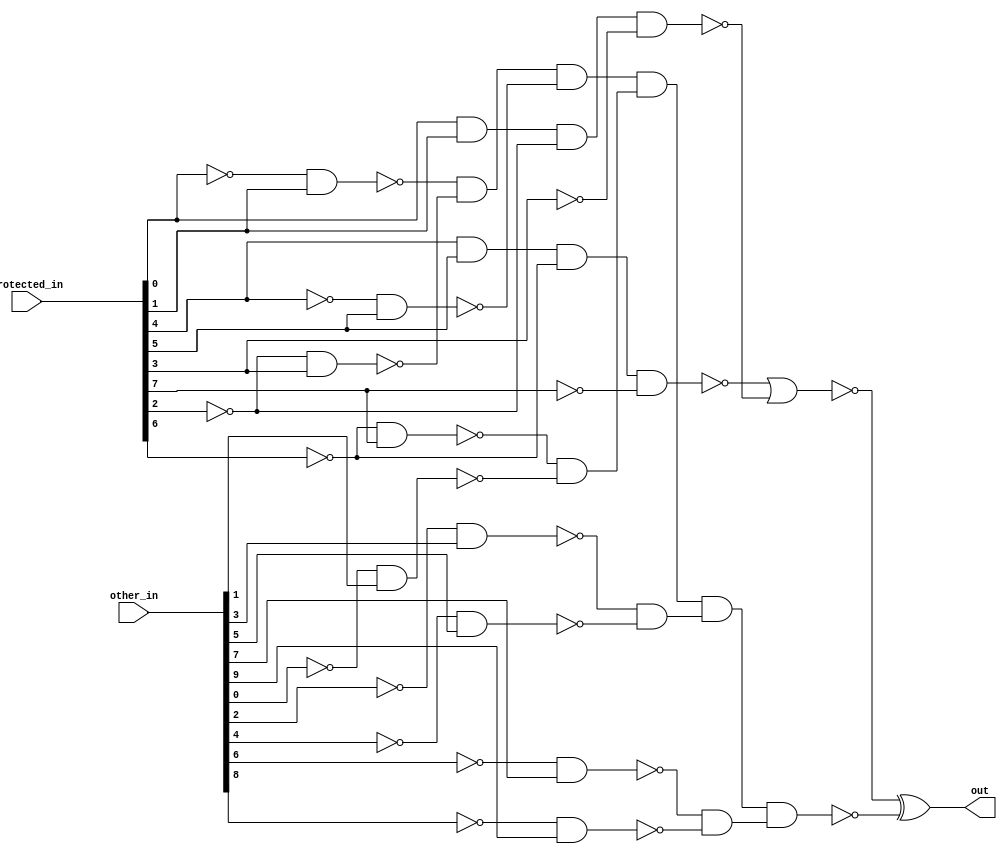

// Generated by Cadence Genus(TM) Synthesis Solution 16.22-s033_1
// Generated on: Apr 20 2020 12:23:50 EDT (Apr 20 2020 16:23:50 UTC)

// Verification Directory fv/ttlock_wrapper_WKEY8_WINPUT18 

module DUTLock(other_in, protected_in, out);
  input [9:0] other_in;
  input [7:0] protected_in;
  output out;
  wire [9:0] other_in;
  wire [7:0] protected_in;
  wire out;
  wire f_out, \genblk1.dut_N118 , \genblk1.dut_N122 , \genblk1.dut_N126
       , \genblk1.dut_N130 , \genblk1.dut_N134 , \genblk1.dut_N138 ,
       \genblk1.dut_N142 ;
  wire \genblk1.dut_N146 , \genblk1.dut_N150 , \genblk1.dut_N154 ,
       \genblk1.dut_N159 , \genblk1.dut_N162 , \genblk1.dut_N165 ,
       \genblk1.dut_N168 , \genblk1.dut_N171 ;
  wire \genblk1.dut_N174 , \genblk1.dut_N177 , \genblk1.dut_N180 ,
       \genblk1.dut_N199 , \genblk1.dut_n_44 , \genblk1.dut_n_45 ,
       \genblk1.dut_n_46 , \genblk1.dut_n_47 ;
  wire n_19, n_32, n_36, n_37, n_38;
  xor g1 (out, n_19, f_out);
  nand g10 (n_38, protected_in[0], protected_in[1], \genblk1.dut_N122 ,
       n_32);
  nand g11 (n_37, protected_in[4], protected_in[5], \genblk1.dut_N130 ,
       n_36);
  nor g12 (n_19, n_37, n_38);
  not g13 (n_36, protected_in[7]);
  not g14 (n_32, protected_in[3]);
  nand \genblk1.dut_NAND2_19  (\genblk1.dut_N154 , \genblk1.dut_N118 ,
       protected_in[1]);
  nand \genblk1.dut_NAND2_22  (\genblk1.dut_N159 , \genblk1.dut_N122 ,
       protected_in[3]);
  nand \genblk1.dut_NAND2_23  (\genblk1.dut_N162 , \genblk1.dut_N126 ,
       protected_in[5]);
  nand \genblk1.dut_NAND2_24  (\genblk1.dut_N165 , \genblk1.dut_N130 ,
       protected_in[7]);
  nand \genblk1.dut_NAND2_25  (\genblk1.dut_N168 , \genblk1.dut_N134 ,
       other_in[1]);
  nand \genblk1.dut_NAND2_26  (\genblk1.dut_N171 , \genblk1.dut_N138 ,
       other_in[3]);
  nand \genblk1.dut_NAND2_27  (\genblk1.dut_N174 , \genblk1.dut_N142 ,
       other_in[5]);
  nand \genblk1.dut_NAND2_28  (\genblk1.dut_N177 , \genblk1.dut_N146 ,
       other_in[7]);
  nand \genblk1.dut_NAND2_29  (\genblk1.dut_N180 , \genblk1.dut_N150 ,
       other_in[9]);
  not \genblk1.dut_NOT1_1  (\genblk1.dut_N118 , protected_in[0]);
  not \genblk1.dut_NOT1_3  (\genblk1.dut_N122 , protected_in[2]);
  not \genblk1.dut_NOT1_5  (\genblk1.dut_N126 , protected_in[4]);
  not \genblk1.dut_NOT1_7  (\genblk1.dut_N130 , protected_in[6]);
  not \genblk1.dut_NOT1_9  (\genblk1.dut_N134 , other_in[0]);
  not \genblk1.dut_NOT1_11  (\genblk1.dut_N138 , other_in[2]);
  not \genblk1.dut_NOT1_13  (\genblk1.dut_N142 , other_in[4]);
  not \genblk1.dut_NOT1_15  (\genblk1.dut_N146 , other_in[6]);
  not \genblk1.dut_NOT1_17  (\genblk1.dut_N150 , other_in[8]);
  not \genblk1.dut_NOT1_47  (f_out, \genblk1.dut_N199 );
  and \genblk1.dut_g1  (\genblk1.dut_n_44 , \genblk1.dut_N154 ,
       \genblk1.dut_N159 , \genblk1.dut_N162 );
  and \genblk1.dut_g2  (\genblk1.dut_n_45 , \genblk1.dut_N165 ,
       \genblk1.dut_N168 );
  and \genblk1.dut_g3  (\genblk1.dut_n_46 , \genblk1.dut_N171 ,
       \genblk1.dut_N174 );
  and \genblk1.dut_g4  (\genblk1.dut_n_47 , \genblk1.dut_N177 ,
       \genblk1.dut_N180 );
  and \genblk1.dut_g5  (\genblk1.dut_N199 , \genblk1.dut_n_44 ,
       \genblk1.dut_n_45 , \genblk1.dut_n_46 , \genblk1.dut_n_47 );
endmodule